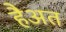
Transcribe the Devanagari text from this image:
हैअत